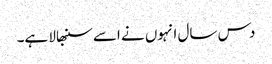
دس سال انہوں نے اسے سنبھالا ہے۔